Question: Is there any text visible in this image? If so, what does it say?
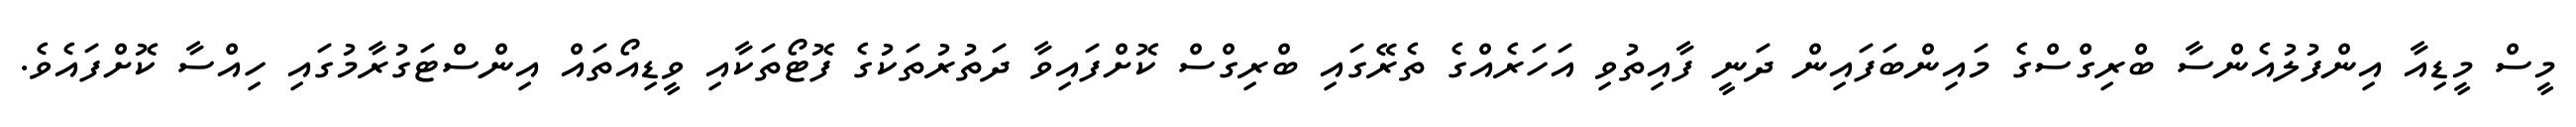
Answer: މީސް މީޑިއާ އިންފުލުއެންސާ ބްރިގްސްގެ މައިންބަފައިން ދަނީ ފާއިތުވި އަހަރެއްގެ ތެރޭގައި ބްރިގްސް ކޮށްފައިވާ ދަތުރުތަކުގެ ފޮޓޯތަކާއި ވީޑިއޯތައް އިންސްޓަގުރާމުގައި ހިއްސާ ކޮށްފައެވެ.